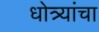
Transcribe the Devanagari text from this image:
धोत्र्यांचा